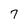
Character: 7